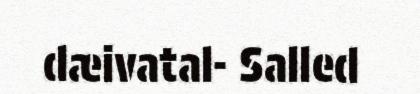
dæivatal- Salled